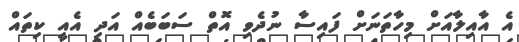
އެ އާއިލާއަށް މިހާތަނަށް ފައިސާ ނުދެވި އޮތް ސަބަބެއް އަދި އެއީ ކިތައް